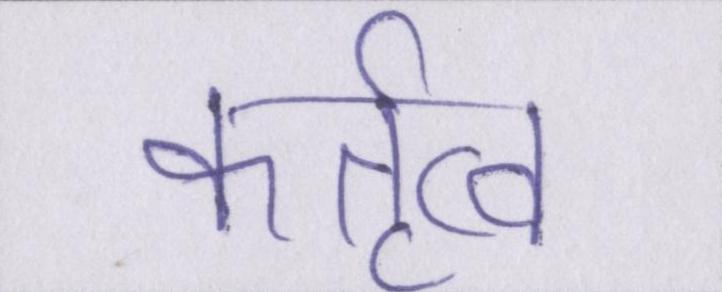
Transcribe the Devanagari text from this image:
कर्तृत्व